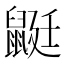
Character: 鼮